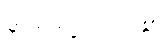
မာဏဝတ္ထေရဂါထာ